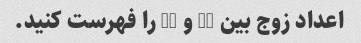
اعداد زوج بین 80 و 88 را فهرست کنید.